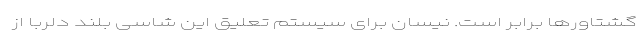
گشتاورها برابر است. نیسان برای سیستم تعلیق این شاسی بلند دلربا از